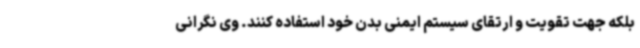
بلکه جهت تقویت و ارتقای سیستم ایمنی بدن خود استفاده کنند. وی نگرانی